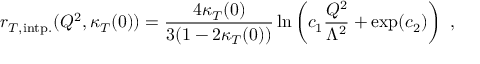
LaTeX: r _ { T , \mathrm { i n t p . } } ( Q ^ { 2 } , \kappa _ { T } ( 0 ) ) = \frac { 4 \kappa _ { T } ( 0 ) } { 3 ( 1 - 2 \kappa _ { T } ( 0 ) ) } \ln \left( c _ { 1 } \frac { Q ^ { 2 } } { \Lambda ^ { 2 } } + \exp ( c _ { 2 } ) \right) \ ,